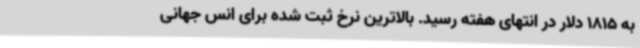
به 1815 دلار در انتهای هفته رسید. بالاترین نرخ ثبت شده برای انس جهانی